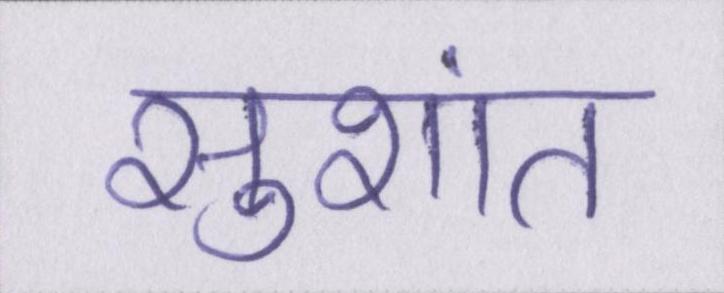
सुशांत